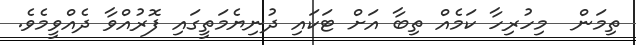
ތިމަން  މިހުރިހާ ކަމެއް ތިބާ އަށް ޓަކައި ދުނިޔެމަތީގައި ފޮރުއްވާ ދެއްވީމެވެ.